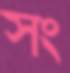
সং